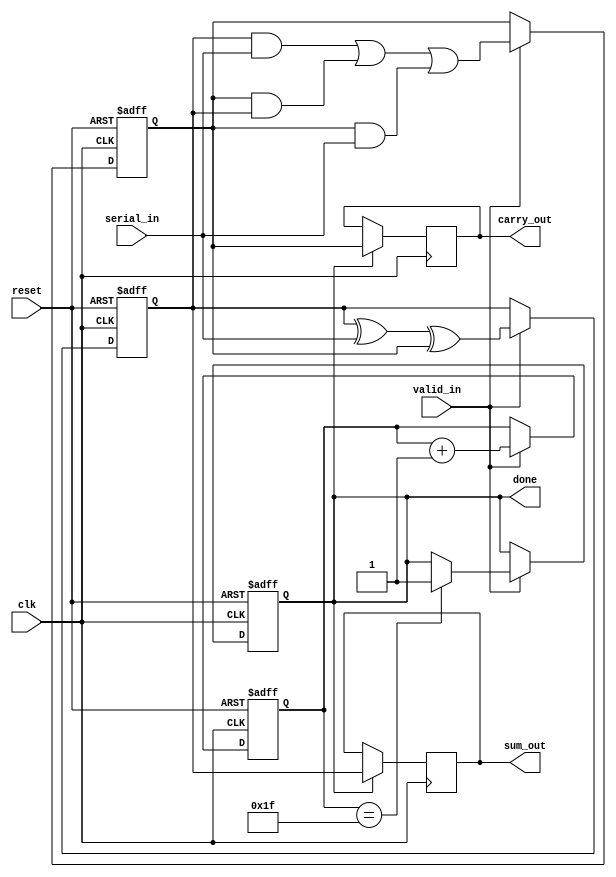
module CarrySaveAdder (
    input wire clk,               // Clock signal
    input wire reset,             // Reset signal
    input wire serial_in,         // Serial input bit
    input wire valid_in,          // Valid input signal to indicate when serial_in is valid
    output reg [31:0] sum_out,    // Output sum
    output reg [31:0] carry_out,  // Output carry
    output reg done               // Signal to indicate completion of input processing
);

    reg [31:0] sum;               // Partial sum accumulator
    reg [31:0] carry;             // Partial carry accumulator
    reg [5:0] bit_count;          // Counter for the number of bits processed

    // Initialize registers
    always @(posedge clk or posedge reset) begin
        if (reset) begin
            sum <= 32'b0;
            carry <= 32'b0;
            bit_count <= 6'b0;
            done <= 1'b0;
        end else if (valid_in) begin
            // Calculate new sum and carry
            sum <= (sum ^ serial_in) ^ carry; // Sum = Previous Sum XOR Current Input Bit XOR Carry
            carry <= (sum & serial_in) | (carry & sum) | (carry & serial_in); // Carry logic

            // Increment bit count
            bit_count <= bit_count + 1;

            // Check if all bits have been processed (assuming 32 bits for this example)
            if (bit_count == 6'd31) begin
                done <= 1'b1; // Indicate processing is done
            end
        end
    end

    // Output the final sum and carry when done
    always @(posedge clk) begin
        if (done) begin
            sum_out <= sum;
            carry_out <= carry;
        end
    end

endmodule